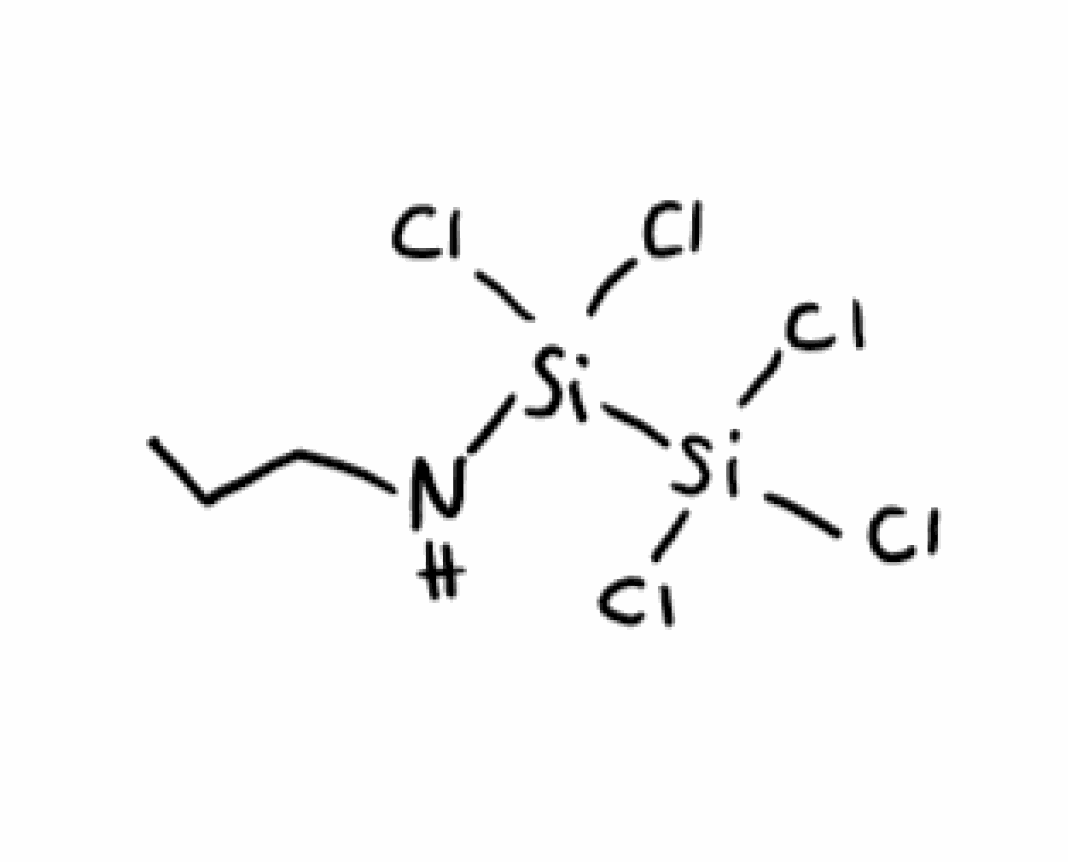
Simplified molecular-input line-entry system (SMILES) notation of the given molecule:
CCCN[Si]([Si](Cl)(Cl)Cl)(Cl)Cl